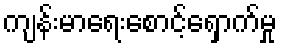
ကျန်းမာရေးစောင့်ရှောက်မှု